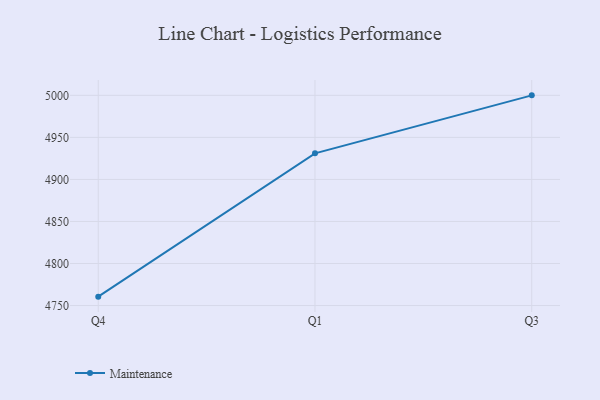
{"axis": {"x": "Quarter", "y": "Inventory Turnover"}, "legend": ["Maintenance"], "data": [{"x": "Q4", "y": 4760.6, "type": "Maintenance"}, {"x": "Q1", "y": 4931.0, "type": "Maintenance"}, {"x": "Q3", "y": 5000, "type": "Maintenance"}]}